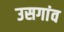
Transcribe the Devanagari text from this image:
उसगांव